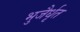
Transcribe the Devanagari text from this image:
भुजैर्धृत